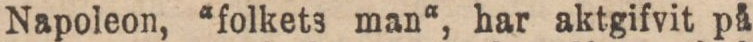
Napoleon, “folkets man“, har aktgifvit på